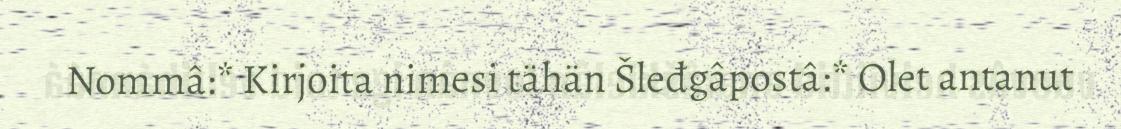
Nommâ:* Kirjoita nimesi tähän Šleđgâpostâ:* Olet antanut